Report on the administration of the Government Cinchona Department 1892-98
Year: 1892
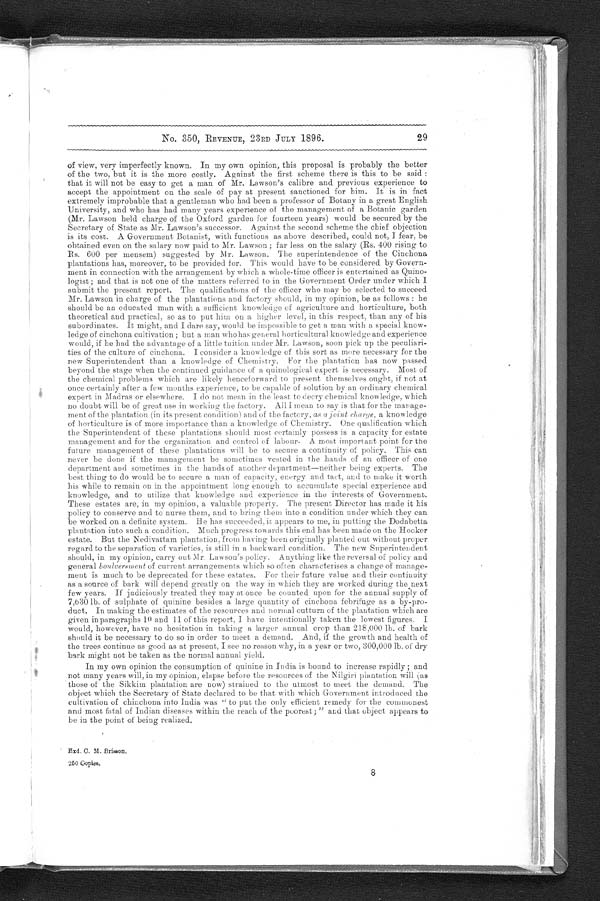
-
P | 2 5 | C C . 3
( I P
Govt.of{ 1896} Madras.
REVENUE.
issued
Encl.
Recd.
G.O., No. 350, 23rd July 1896.
JULY.
Cinchona Departments
Reviewing the report on the administration of
the — for 1895-96.